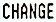
CHANGE